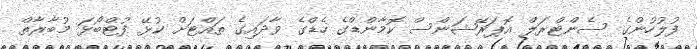
ފުލުހުންގެ ސެންޓްރަލް އޮޕަރޭޝަންސް ކޮމާންޑްގެ ހެޑްގެ ވާދައިގެ ތައްޓަށް ކުޅޭ ފުޓްބޯޅަ މުބާރާތް